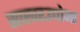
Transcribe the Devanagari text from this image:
साखरउद्योगा